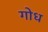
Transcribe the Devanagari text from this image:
गोध